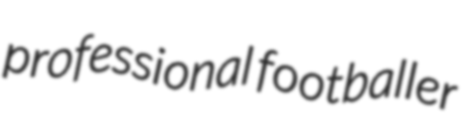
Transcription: professional footballer